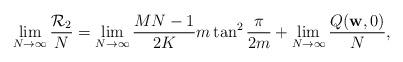
LaTeX: \begin{align*}\lim\limits_{N \rightarrow\infty} \frac{\mathcal{R}_2}{N} & =\lim\limits_{N \rightarrow\infty}\frac{MN-1}{2K}m\tan^2\frac{\pi}{2m}+\lim\limits_{N \rightarrow\infty}\frac{Q({{\textbf{{w}}}},0)}{N},\end{align*}